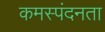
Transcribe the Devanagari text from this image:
कमस्पंदनता